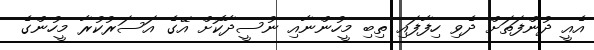
އެއީ ދުންފަތަށް ދެވި ހިފާފައި ތިބި މީހުންނާއި ނުސީދާކޮށް އޭގެ އަސަރުކުރާ މީހުންގެ